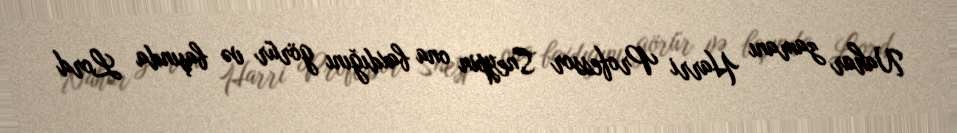
Nahar zamanı Harri Professor Sneypin ona baxdığını görür və başında Lord